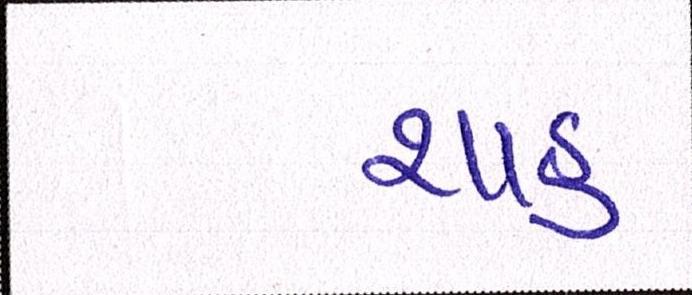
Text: શાહઃ